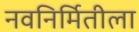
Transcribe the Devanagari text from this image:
नवनिर्मितीला